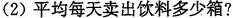
(2)平均每天卖出饮料多少箱?